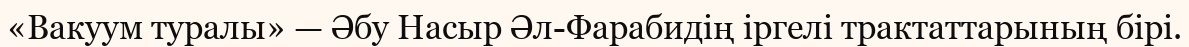
«Вакуум туралы» — Әбу Насыр Әл-Фарабидің іргелі трактаттарының бірі.